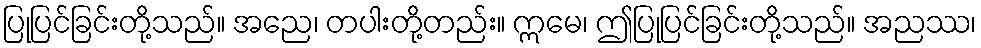
ပြုပြင်ခြင်းတို့သည်။ အညေ၊ တပါးတို့တည်း။ ဣမေ၊ ဤပြုပြင်ခြင်းတို့သည်။ အညဿ၊